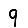
Digit: 9